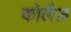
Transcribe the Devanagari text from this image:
कोलैज़